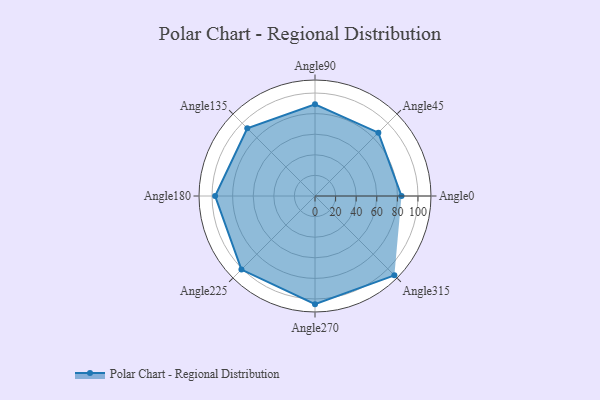
{"axis": {"x": "Angle", "y": "Radius"}, "legend": [""], "data": [{"x": "Angle0", "y": 84.0, "type": ""}, {"x": "Angle45", "y": 87.0, "type": ""}, {"x": "Angle90", "y": 89.0, "type": ""}, {"x": "Angle135", "y": 93.0, "type": ""}, {"x": "Angle180", "y": 97.0, "type": ""}, {"x": "Angle225", "y": 101.0, "type": ""}, {"x": "Angle270", "y": 105.0, "type": ""}, {"x": "Angle315", "y": 109.0, "type": ""}]}